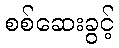
စစ်ဆေးခွင့်